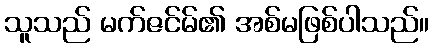
သူသည် မက်ဇင်မ်၏ အစ်မဖြစ်ပါသည်။